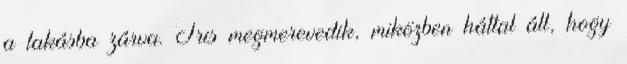
a lakásba zárva. Tris megmerevedik, miközben háttal áll, hogy